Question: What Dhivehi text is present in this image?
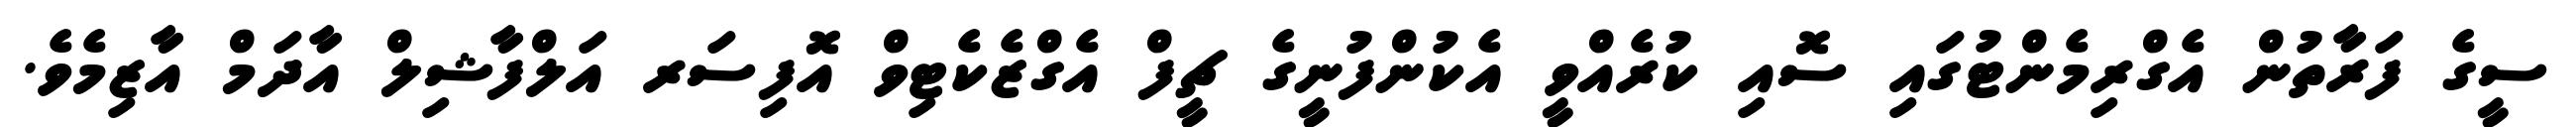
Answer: ސީގެ ފަރާތުން އެގްރިމެންޓުގައި ސޮއި ކުރެއްވީ އެކުންފުނީގެ ޗީފް އެގްޒެކެޓިވް އޮފިސަރ އަލްފާޝިލް އާދަމް އާޒިމެވެ.